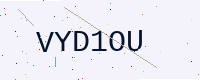
Text: VYD1OU